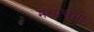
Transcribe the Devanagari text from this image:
मध्यचमा